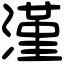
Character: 漌